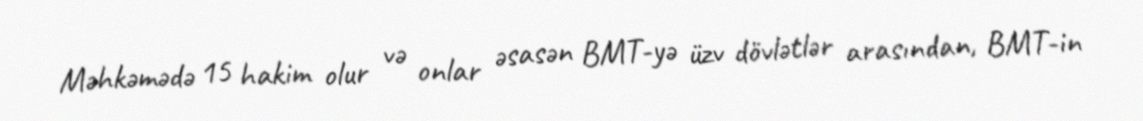
Məhkəmədə 15 hakim olur və onlar əsasən BMT-yə üzv dövlətlər arasından, BMT-in